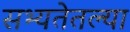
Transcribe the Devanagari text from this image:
सभ्यतेतल्या